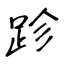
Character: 跈